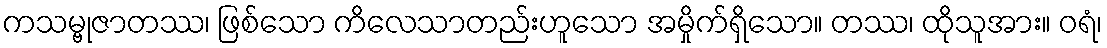
ကသမ္ဗုဇာတဿ၊ ဖြစ်သော ကိလေသာတည်းဟူသော အမှိုက်ရှိသော။ တဿ၊ ထိုသူအား။ ဝရံ၊